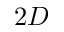
2 D